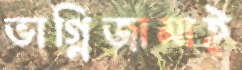
ভাগ্নিজামাই